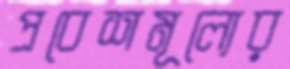
প্রবেশমূল্যের